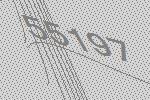
55197